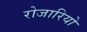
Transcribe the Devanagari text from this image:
रोजारियो